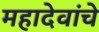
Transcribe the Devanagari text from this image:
महादेवांचे